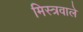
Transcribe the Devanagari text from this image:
मिस्त्रवाले